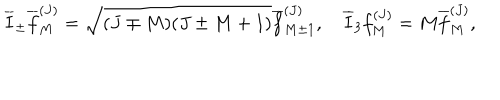
\overline { { I } } _ { \pm } \overline { { f } } _ { M } ^ { ( J ) } = \sqrt { ( J \mp M ) ( J \pm M + 1 ) } \overline { { f } } _ { M \pm 1 } ^ { ( J ) } , \quad \overline { { I } } _ { 3 } f _ { M } ^ { ( J ) } = M \overline { { f } } _ { M } ^ { ( J ) } ,